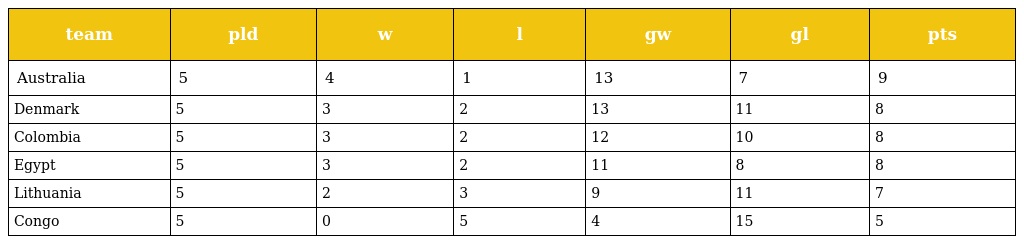
| team | pld | w | l | gw | gl | pts |
 | --- | --- | --- | --- | --- | --- | --- |
 | Australia | 5 | 4 | 1 | 13 | 7 | 9 |
 | Denmark | 5 | 3 | 2 | 13 | 11 | 8 |
 | Colombia | 5 | 3 | 2 | 12 | 10 | 8 |
 | Egypt | 5 | 3 | 2 | 11 | 8 | 8 |
 | Lithuania | 5 | 2 | 3 | 9 | 11 | 7 |
 | Congo | 5 | 0 | 5 | 4 | 15 | 5 |